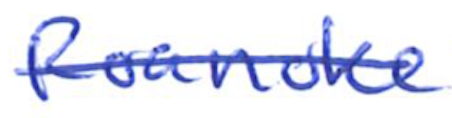
Text: Roanoke
Cross-out: single-line
Writing tool: ballpoint